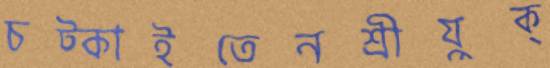
চট্‌কাইতেনশ্রীযুক্